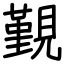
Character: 覲